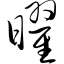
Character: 曜